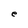
Character: e